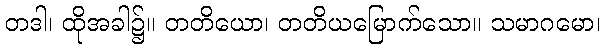
တဒါ၊ ထိုအခါ၌။ တတိယော၊ တတိယမြောက်သော။ သမာဂမော၊